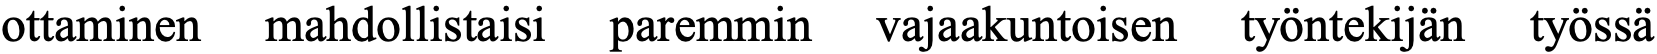
ottaminen mahdollistaisi paremmin vajaakuntoisen työntekijän työssä